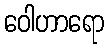
ဝေါဟာရော